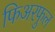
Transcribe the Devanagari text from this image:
फिअरफुल